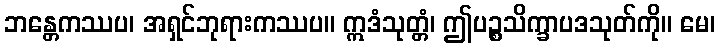
ဘန္တေကဿပ၊ အရှင်ဘုရားကဿပ။ ဣဒံသုတ္တံ၊ ဤပဉ္စသိက္ခာပဒသုတ်ကို။ မေ၊